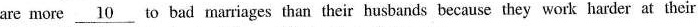
are more \underline{10} to bad marriages than their husbands because they work harder at their